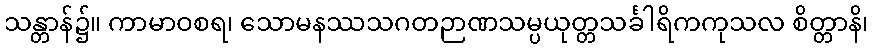
သန္တာန်၌။ ကာမာဝစရ၊ သောမနဿသဂတဉာဏသမ္ပယုတ္တသင်္ခါရိကကုသလ စိတ္တာနိ၊